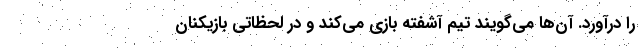
را درآورد. آن‌ها می‌گویند تیم آشفته بازی می‌کند و در لحظاتی بازیکنان